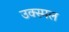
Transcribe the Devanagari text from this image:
उक्स्मल